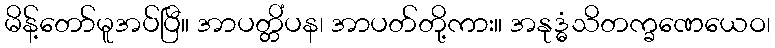
မိန့်တော်မူအပ်ပြီ။ အာပတ္တိံပန၊ အာပတ်တို့ကား။ အနုဒ္ဓံသိတက္ခဏေယေဝ၊